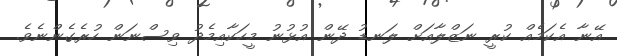
އޭނާ އެކަމެއް ކުރީ ނަޒްލާއަށް ލަނޑު ދޭން އުޅުނު މީހަކާއިމެދު ވިސްނަން ހުރެގެންނެވެ.